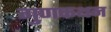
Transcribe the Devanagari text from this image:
गुणकथन